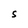
Character: S